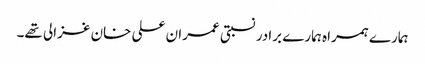
ہمارے ہمراہ ہمارے برادر نسبتی عمران علی خان غزالی تھے۔